Scottish Leaving Certificate Examination, 1952
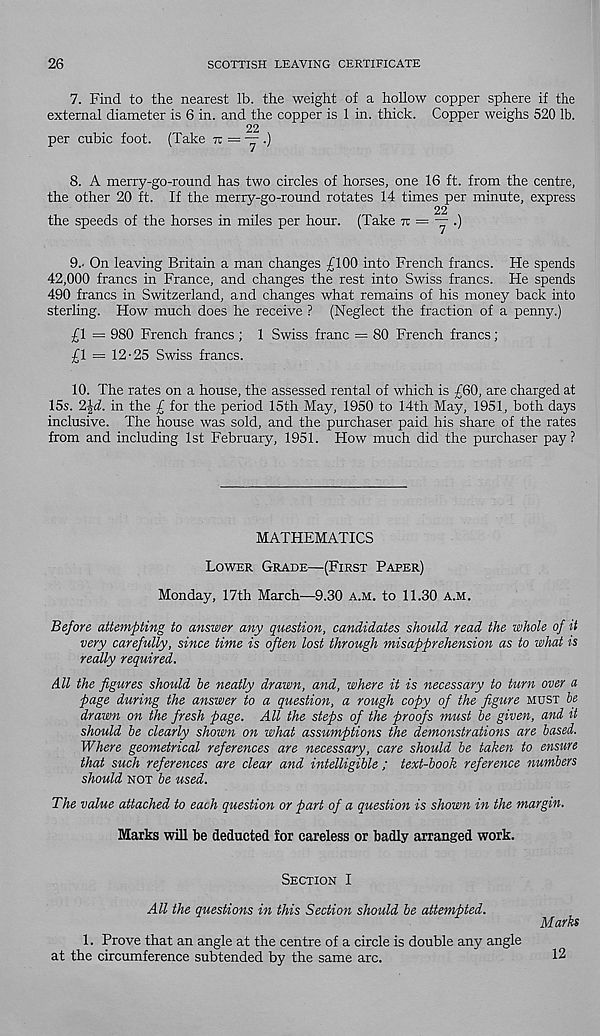
26
SCOTTISH LEAVING CERTIFICATE
7. Find to the nearest lb. the weight of a hollow copper sphere if the
external diameter is 6 in. and the copper is 1 in. thick. Copper weighs 520 lb.
22
per cubic foot. (Take n = — .)
8. A merry-go-round has two circles of horses, one 16 ft. from the centre,
the other 20 ft. If the merry-go-round rotates 14 times per minute, express
22
the speeds of the horses in miles per hour. (Take TT = — .)
9.. On leaving Britain a man changes £100 into French francs. He spends
42,000 francs in France, and changes the rest into Swiss francs. He spends
490 francs in Switzerland, and changes what remains of his money back into
sterling. How much does he receive ? (Neglect the fraction of a penny.)
£1 = 980 French francs ; 1 Swiss franc = 80 French francs;
£1 = 12-25 Swiss francs.
10. The rates on a house, the assessed rental of which is £60, are charged at
15s. 2%d. in the £ for the period 15th May, 1950 to 14th May, 1951, both days
inclusive. The house was sold, and the purchaser paid his share of the rates
from and including 1st February, 1951. How much did the purchaser pay?
MATHEMATICS
LOWER GRADE—(FIRST PAPER)
Monday, 17th March—9.30 A.M. to 11.30 A.M.
Before attempting to answer any question, candidates should read the whole of it
very carefully, since time is often lost through misapprehension as to what is
really required.
All the figures should be neatly drawn, and, where it is necessary to turn over a
page during the answer to a question, a rough copy of the figure MUST be
drawn on the fresh page. All the steps of the proofs must be given, and it
should be clearly shown on what assumptions the demonstrations are based.
Where geometrical references are necessary, care should be taken to ensure
that such references are clear and intelligible ; text-book reference numbers
should NOT be used.
The value attached to each question or part of a question is shown in the margin.
Marks will be deducted for careless or badly arranged work.
SECTION I
All the questions in this Section should be attempted.
1. Prove that an angle at the centre of a circle is double any angle
at the circumference subtended by the same arc.
Marks
12